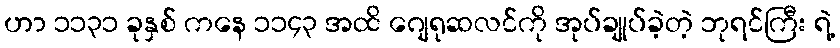
ဟာ ၁၁၃၁ ခုနှစ် ကနေ ၁၁၄၃ အထိ ဂျေရုဆလင်ကို အုပ်ချုပ်ခဲ့တဲ့ ဘုရင်ကြီး ရဲ့